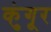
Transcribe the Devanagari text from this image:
कुंगूर